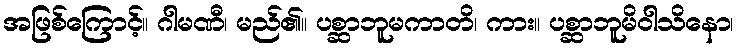
အဖြစ်ကြောင့်။ ဂါမဏီ၊ မည်၏။ ပစ္ဆာဘူမကာတိ၊ ကား။ ပစ္ဆာဘူမိဝါသိနော၊